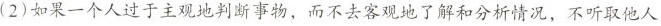
(2)如果一个人过于主观地判断事物，而不去客观地了解和分析情况，不听取他人